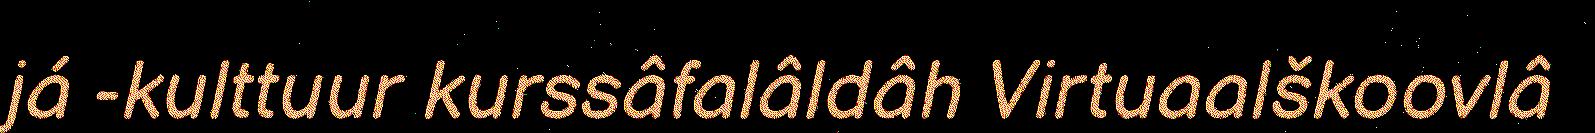
já -kulttuur kurssâfalâldâh Virtuaalškoovlâ